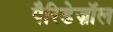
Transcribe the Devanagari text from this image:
पैरिडेज़ॉल